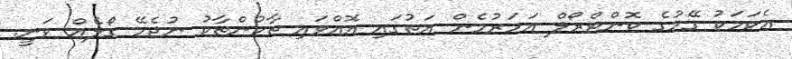
އެކަމަކު ގޭމުގެ ކޮންޓްރޯލް އަހަރުމެން އަތުގައި އޮއްވައި ތާކުންތާކު ނުޖެހޭ ގޯލެއް ވަނީ.